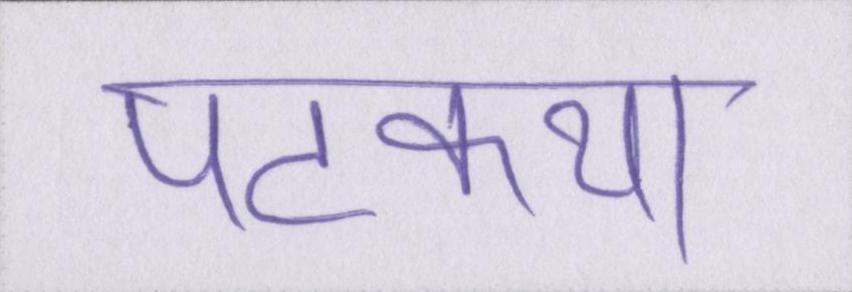
पटकथा